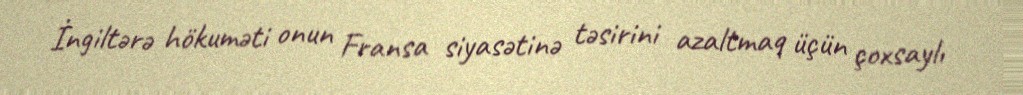
İngiltərə hökuməti onun Fransa siyasətinə təsirini azaltmaq üçün çoxsaylı